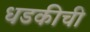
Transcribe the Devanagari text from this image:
धडकीची